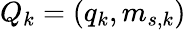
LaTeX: Q_{k}=(q_{k},m_{s,k})